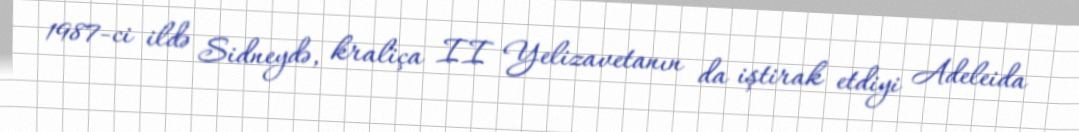
1987-ci ildə Sidneydə, kraliça II Yelizavetanın da iştirak etdiyi Adeleida